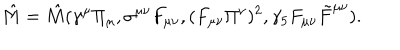
\hat { M } = \hat { M } ( \gamma ^ { \mu } \Pi _ { \mu } , \sigma ^ { \mu \nu } F _ { \mu \nu } , ( F _ { \mu \nu } \Pi ^ { \nu } ) ^ { 2 } , \gamma _ { 5 } F _ { \mu \nu } \tilde { F } ^ { \mu \nu } ) .